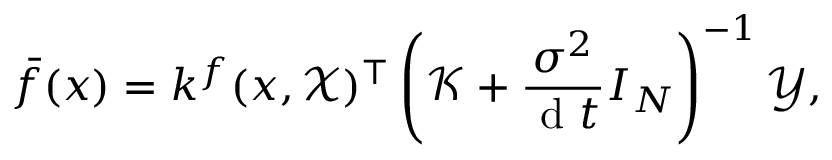
\bar { f } ( x ) = k ^ { f } ( x , \mathcal { X } ) ^ { \top } \left( \mathcal { K } + \frac { { \sigma } ^ { 2 } } { \mathrm { ~ d ~ } t } I _ { N } \right) ^ { - 1 } \mathcal { Y } ,